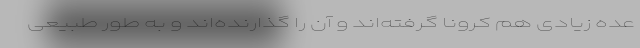
عده‌ زیادی هم کرونا گرفته‌اند و آن را گذارنده‌اند و به طور طبیعی